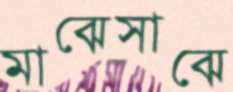
মাঝেসাঝে